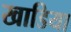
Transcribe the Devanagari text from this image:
खाडिया